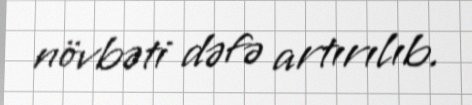
növbəti dəfə artırılıb.